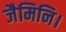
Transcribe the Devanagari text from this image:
जैमिनि।